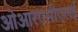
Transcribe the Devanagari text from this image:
ओआरएसीएलई